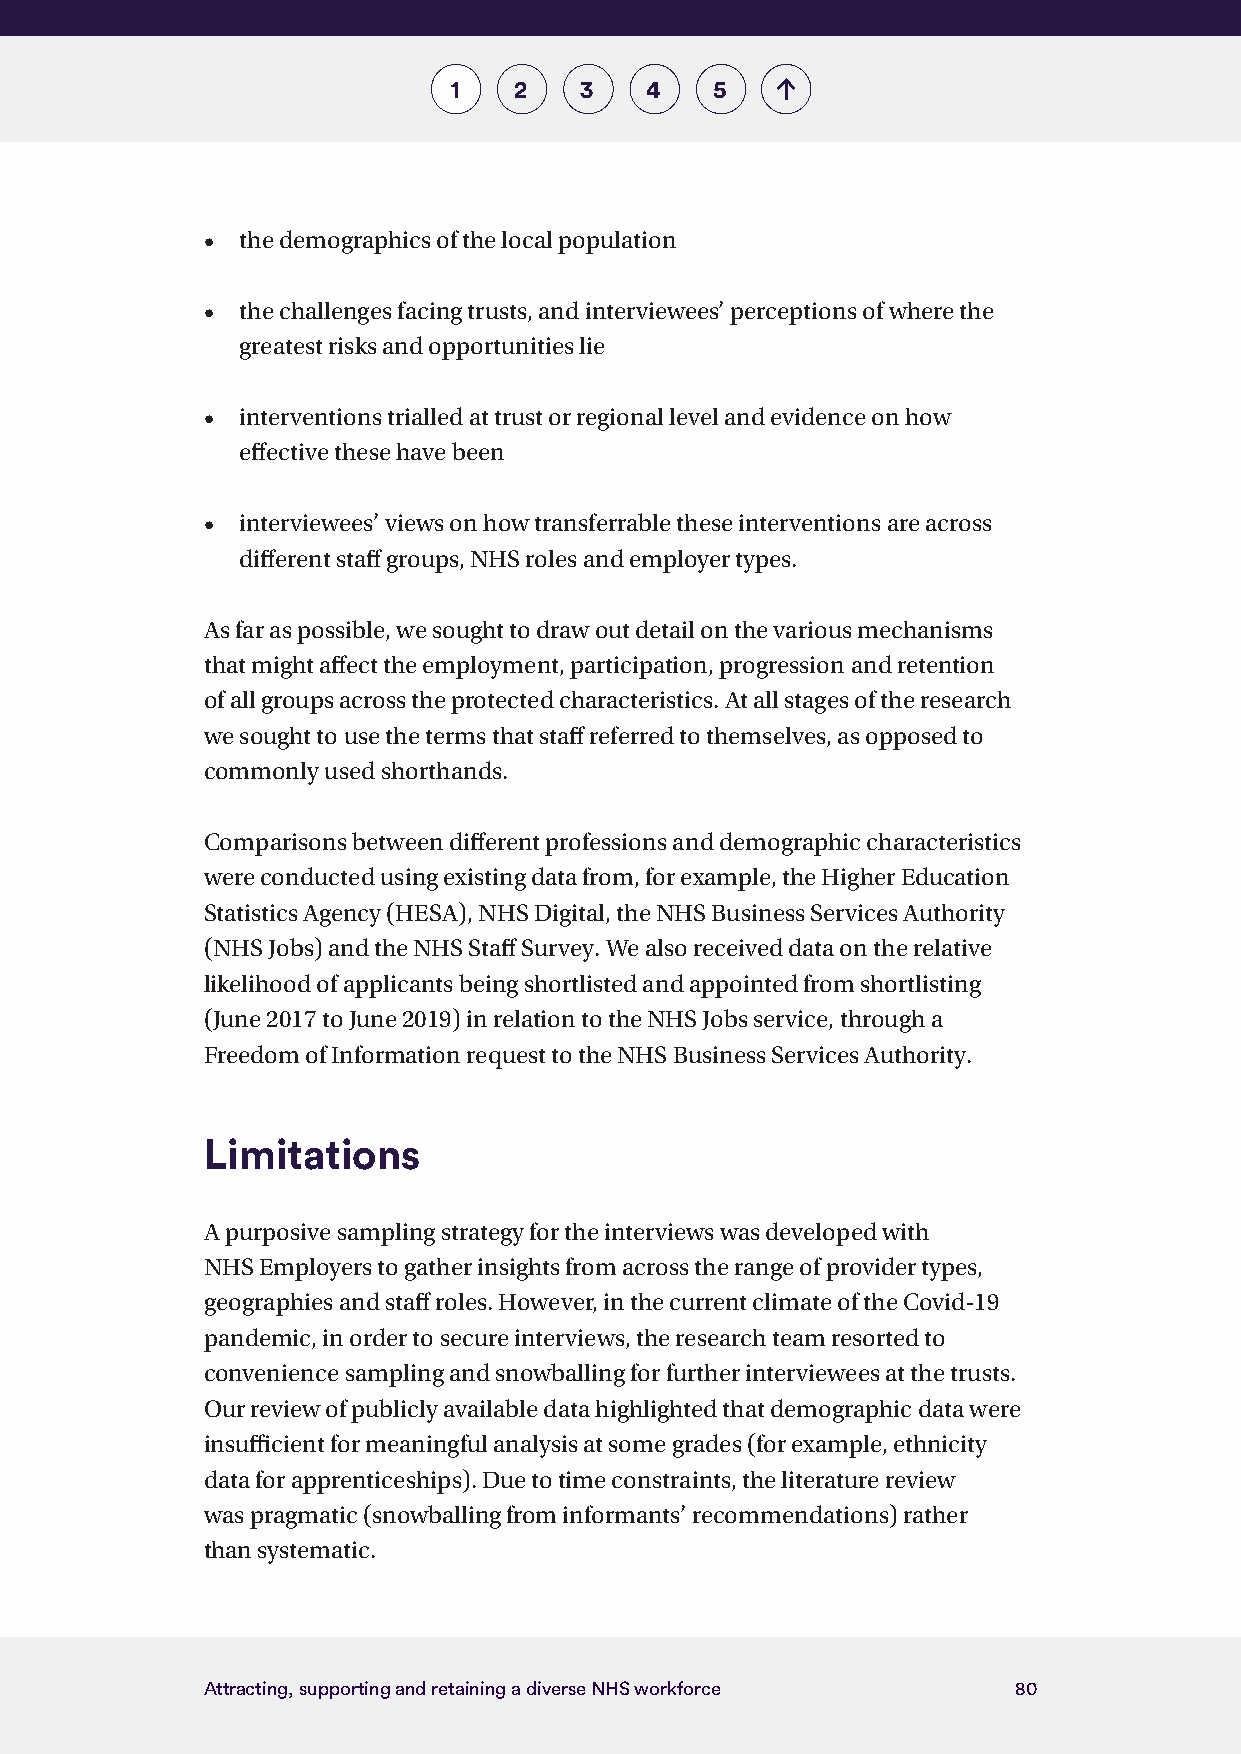
1   2   3    4   5
 •  the demographics of the local population
 •  the challenges facing trusts, and interviewees’ perceptions of where the
 greatest risks and opportunities lie
 •  interventions trialled at trust or regional level and evidence on how
 effective these have been
 •  interviewees’ views on how transferrable these interventions are across
 different staff groups, NHS roles and employer types.
 As far as possible, we sought to draw out detail on the various mechanisms
 that might affect the employment, participation, progression and retention
 of all groups across the protected characteristics. At all stages of the research
 we sought to use the terms that staff referred to themselves, as opposed to
 commonly used shorthands.
 Comparisons between different professions and demographic characteristics
 were conducted using existing data from, for example, the Higher Education
 Statistics Agency (HESA), NHS Digital, the NHS Business Services Authority
 (NHS Jobs) and the NHS Staff Survey. We also received data on the relative
 likelihood of applicants being shortlisted and appointed from shortlisting
 (June 2017 to June 2019) in relation to the NHS Jobs service, through a
 Freedom of Information request to the NHS Business Services Authority.
 Limitations
 A purposive sampling strategy for the interviews was developed with
 NHS Employers to gather insights from across the range of provider types,
 geographies and staff roles. However, in the current climate of the Covid-19
 pandemic, in order to secure interviews, the research team resorted to
 convenience sampling and snowballing for further interviewees at the trusts.
 Our review of publicly available data highlighted that demographic data were
 insufficient for meaningful analysis at some grades (for example, ethnicity
 data for apprenticeships). Due to time constraints, the literature review
 was pragmatic (snowballing from informants’ recommendations) rather
 than systematic.
 Attracting, supporting and retaining a diverse NHS workforce 80